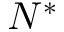
N ^ { * }